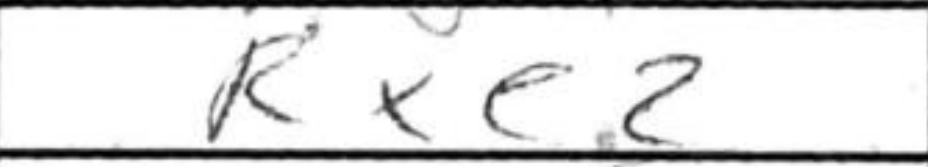
Transcription: Rxe2